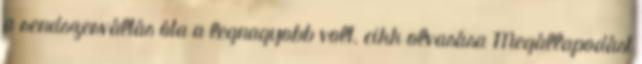
a rendszerváltás óta a legnagyobb volt. cikk olvasása Megállapodást